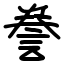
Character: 誊